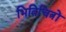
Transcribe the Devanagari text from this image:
भितिचित्रों